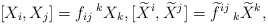
\begin{align*}[X_{i},X_{j}]=f_{ij}\,^{k}X_{k},[\widetilde{X}^{i},\widetilde{X}^{j}]=\widetilde{f}^{ij}\,_{k}\widetilde{X}^{k},\end{align*}